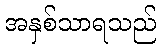
အနှစ်သာရသည်